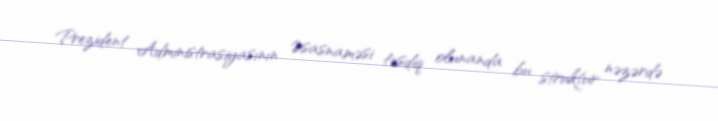
Prezident Administrasiyasının Əsasnaməsi təsdiq olunanda bu struktur nəzərdə